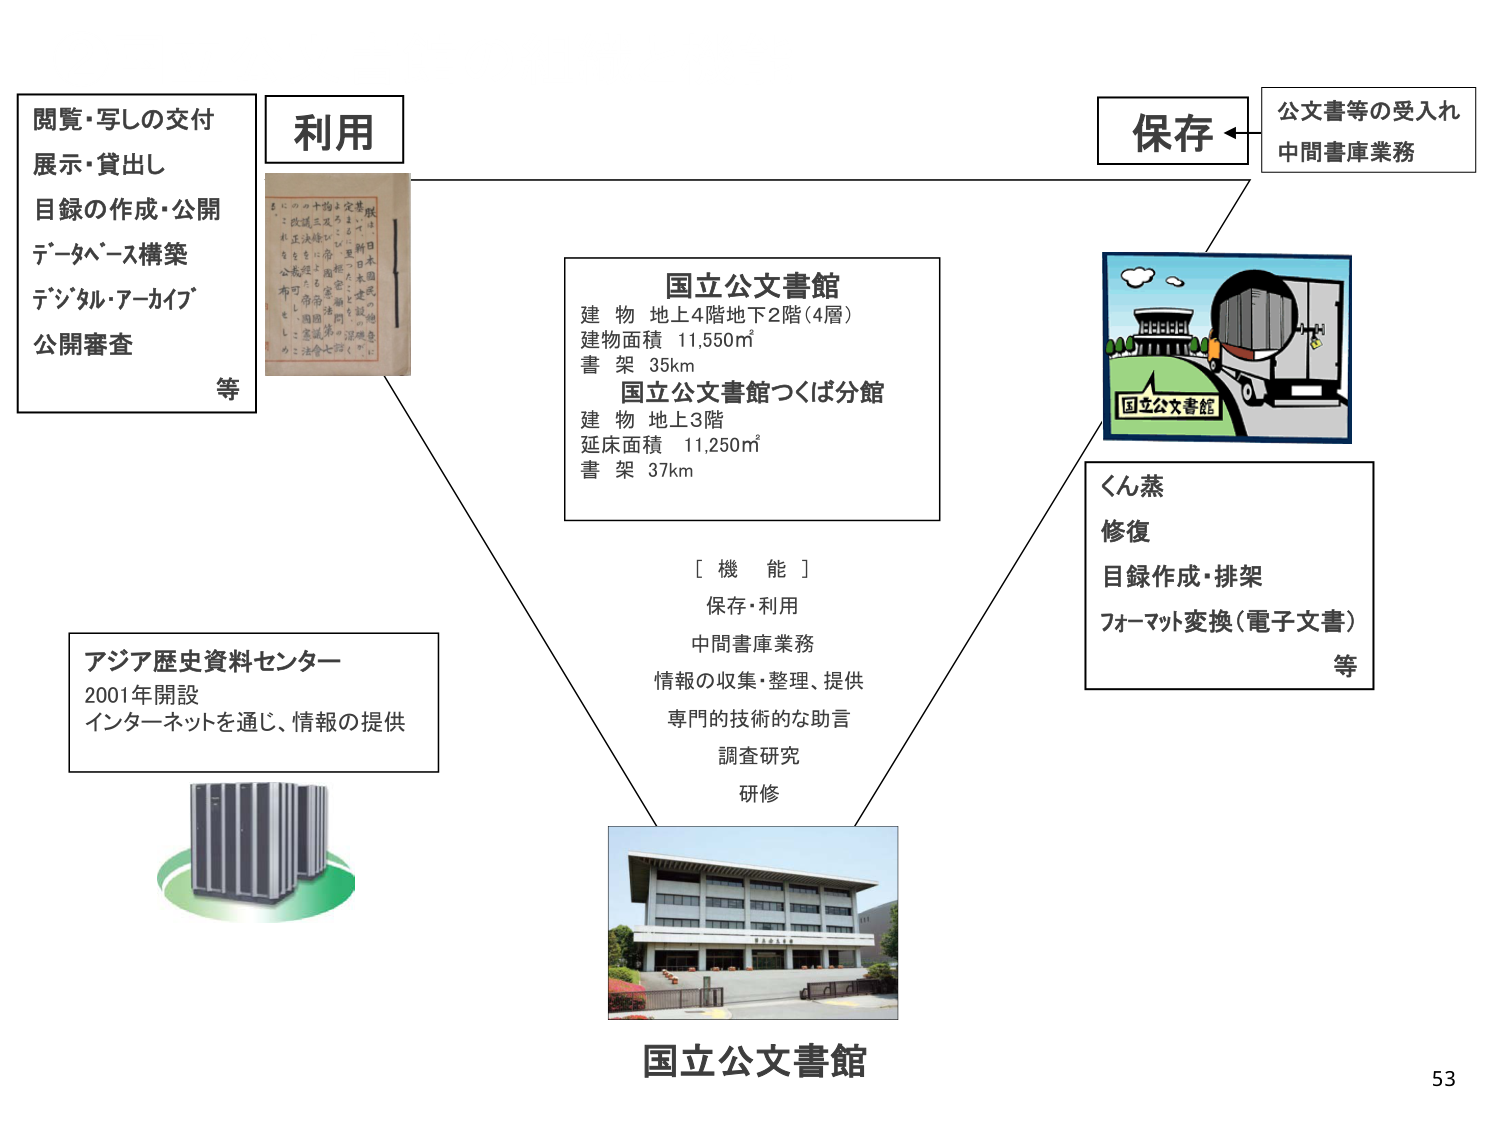
国立公文書館
建 物 地上4階地下2階（4層）
建物面積 11,550㎡
書 架 35km
国立公文書館つくば分館
建 物 地上3階
延床面積 11,250㎡
書 架 37km

[ 機 能 ]
保存・利用
中間書庫業務
情報の収集・整理、提供
専門的技術的な助言
調査研究
研修

利用
閲覧・写しの交付
展示・貸出し
目録の作成・公開
データベース構築
デジタル・アーカイブ
公開審査
等

保存
公文書等の受入れ
中間書庫業務

くん蒸
修復
目録作成・排架
フォーマット変換（電子文書）
等

アジア歴史資料センター
2001年開設
インターネットを通じ、情報の提供

国立公文書館
53